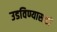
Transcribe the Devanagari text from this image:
उडविण्यासाठी